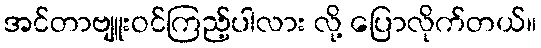
အင်တာဗျူးဝင်ကြည့်ပါလား လို့ ပြောလိုက်တယ်။